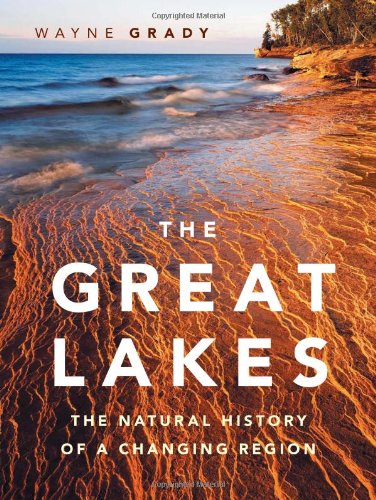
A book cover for The Great Lakes: The Natural History of a Changing Region (David Suzuki Foundation Series); Wayne Grady; Science & Math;